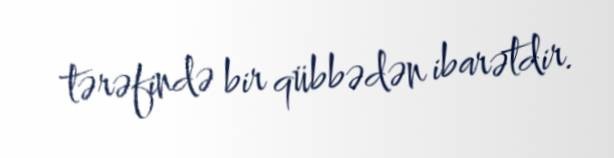
tərəfində bir qübbədən ibarətdir.